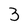
Character: 3